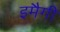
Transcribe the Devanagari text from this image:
इमैगी